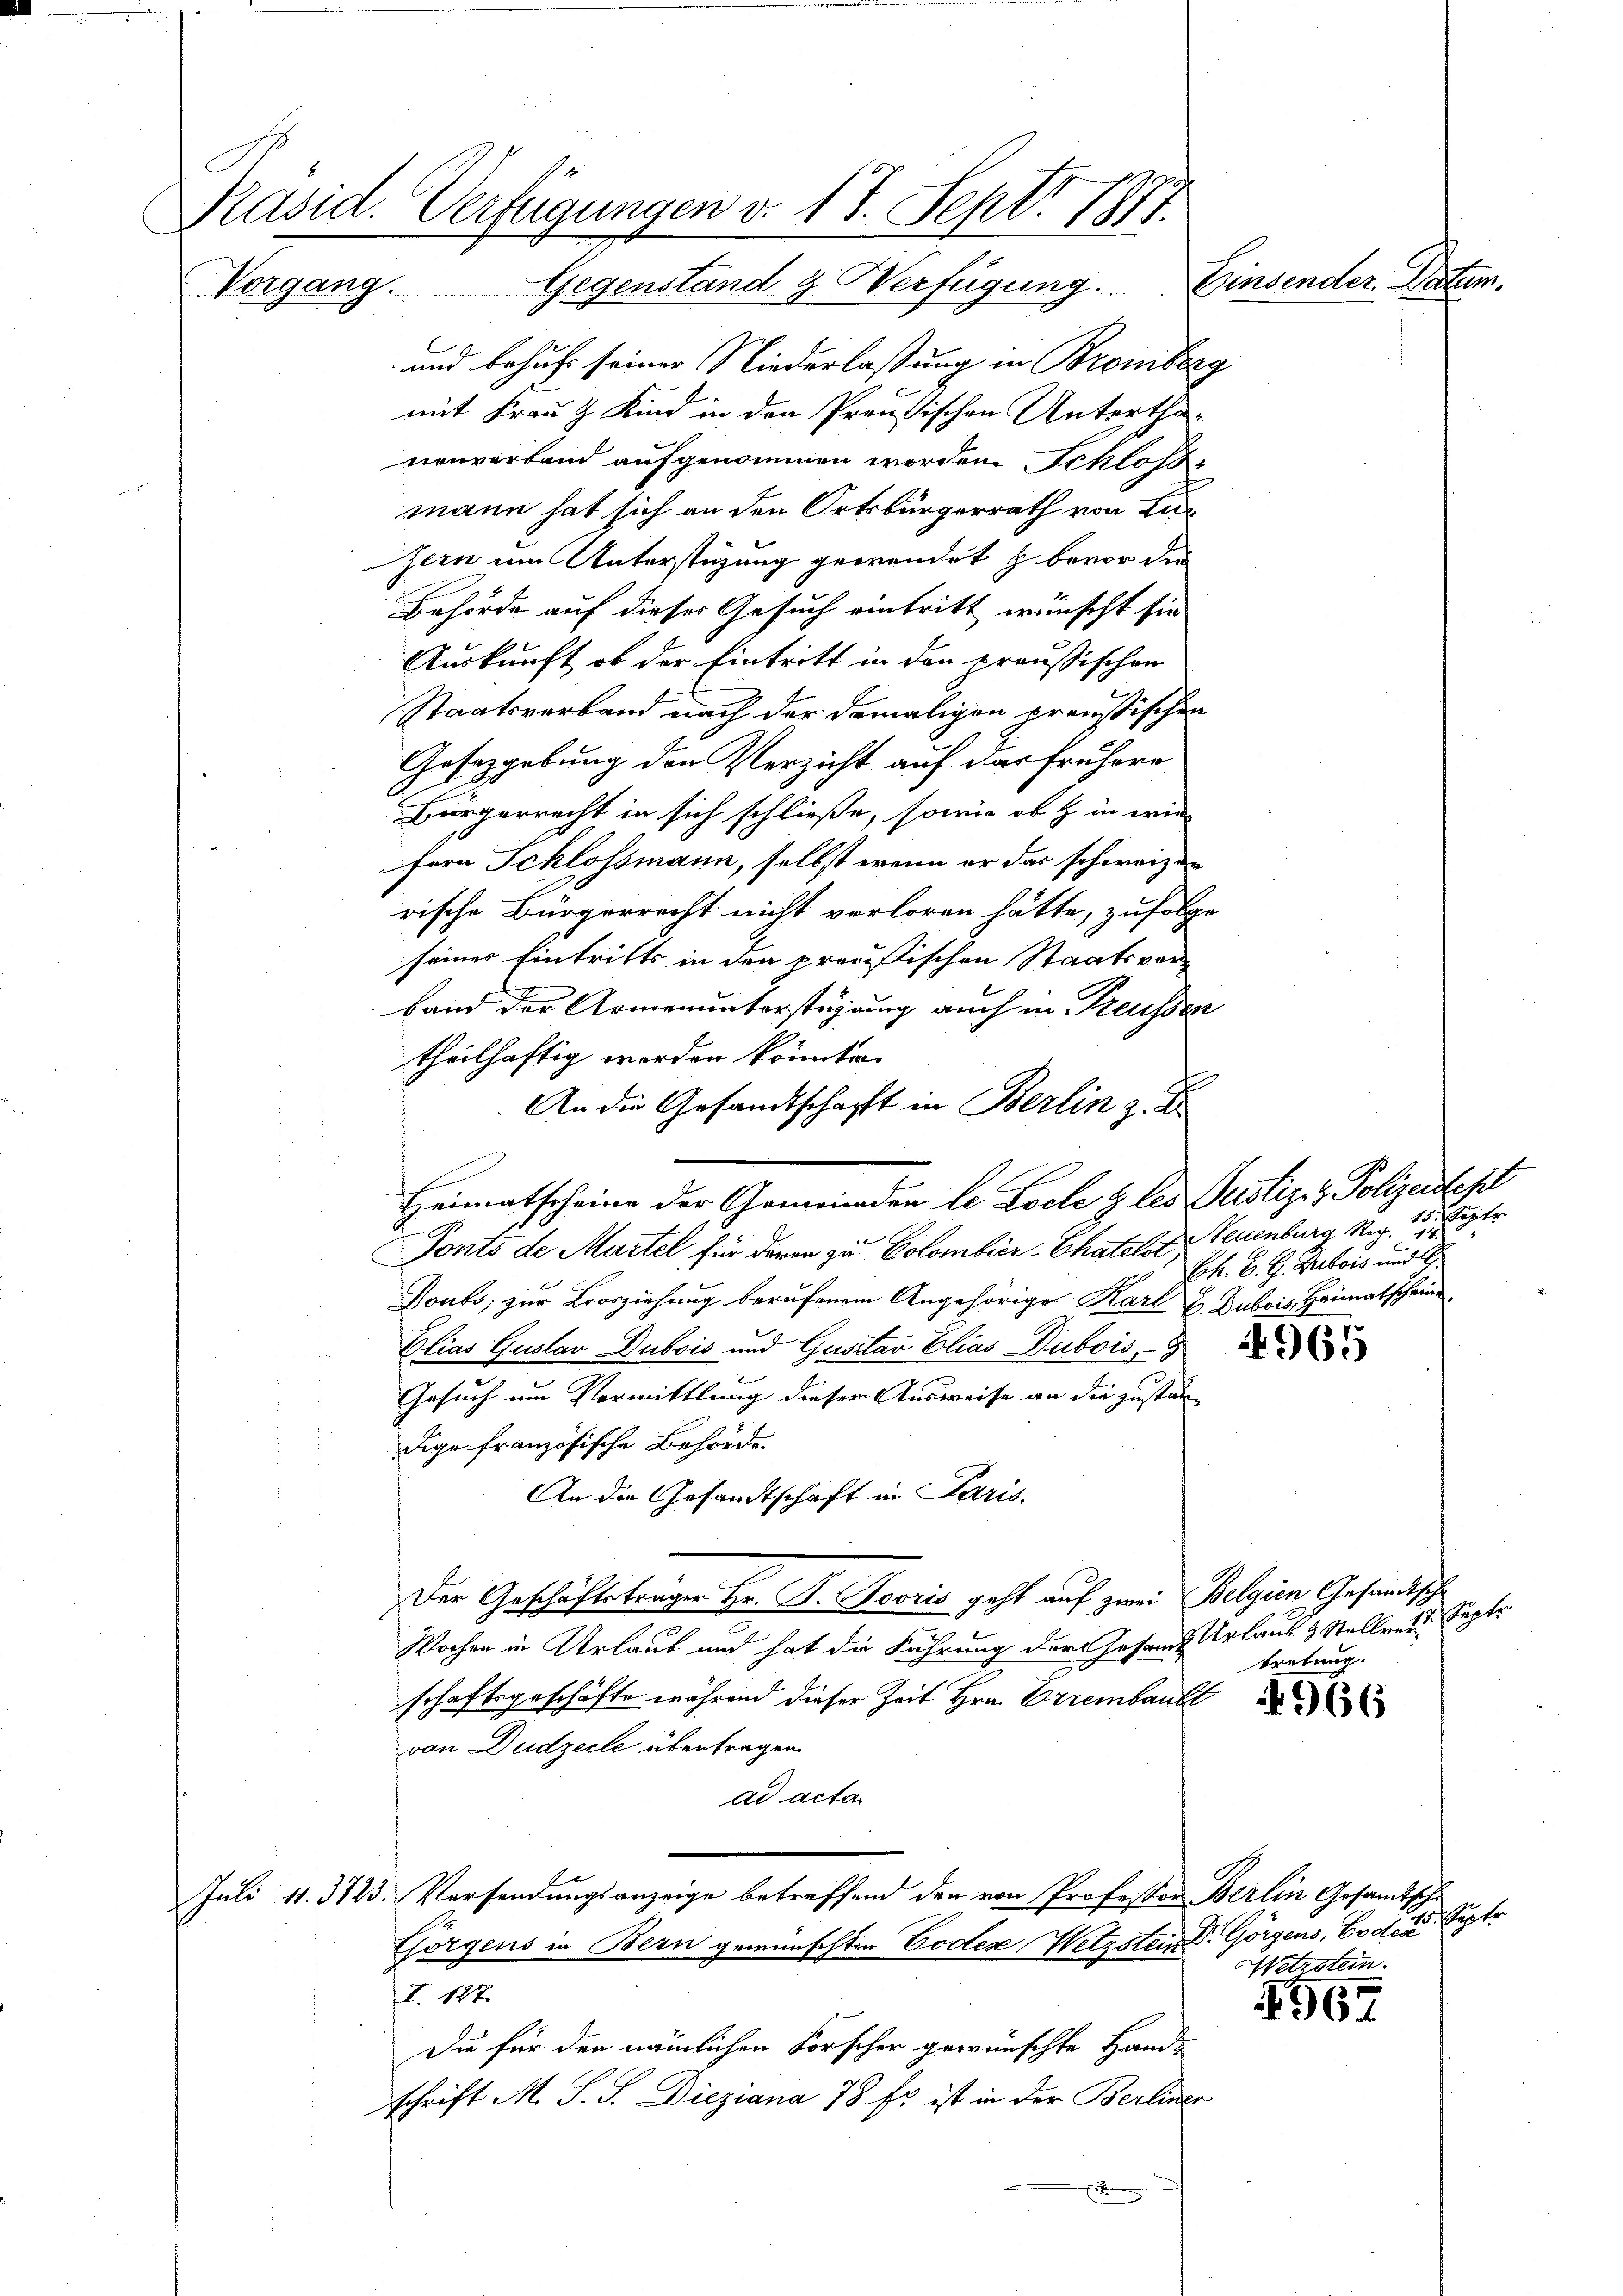
Präsid. Verfügungen v. 17. Sept. 1871.
Einsender Pactum.
Vorgang. Gegenstand & Verfügung:

und behufs seiner Niederlaßung in Bromberg
mit Frau & Kind in den Preußischen Unterthanenverband aufgenommen worden Schloss
mann hat sich an den Ortsbürgerrath von Lusern um Unterstüzung gewendet & bevor der
Behörde auf dieser Gesuch eintritt wünscht sie
Auskunft, ob der Eintritt in den preussischen
Staatsverband nach der damaligen preußischen
Gesetzgebung den Verzicht auf das frühere
Bürgerrecht in sich schließe, sowie ob & in wird
fern Schlossmann, selbst wenn er das schweizen
rische Bürgerrecht nicht verloren hätte, zufolge
seines Eintritts in den provistischen Staatsverband der Armenunterstüzung auch in Treussen
theilhaftig werden könnten.
An die Gesandtschafft in Berlin z. B
Heimatscheine der Gemeinden le Loche & les Justiz- & Polizeidept
Ponto de Martel für daren zu Colombier-Chatelet,
Doubs; zur Loosziehung berufenem Angehörige Karl E. Dubois, Heimatscheine
Elias Gustav Dubois und Gusitar Elias Dubois
Gesuch um Vermittlung dieser Ausweise an die zuständige französische Behörde.
An die Gesandtschaft in Paris.
Der Geschäftsträger Hr. P. Tooris geht auf zwei Belgien Gesandtsch
Wochen in Urlaub und hat die Führung der Gesandt Urlaub & Stellverschaftsgeschäfte während dieser Zeit Hrn. Errembaubl
von Dudzecle übertragen.
ad acta
Juli 11. 3123. Versendungsanzeige betreffend den von Professor Berlin Gesandtsche¬
Chorgens in Bern gewünschten Ceder Wetzstein P. Görgens, Codex
I. 127.
Die für den nämlichen Forscher gewünschte Hand-
schrift M. S. S. Dieziana 78 Es ist in der Berliner

15. Septe
Neuenburg Rez. 14.
Erh. B. H. Dubois und A

ügte
tretung.

t
Wetrstein.

1567